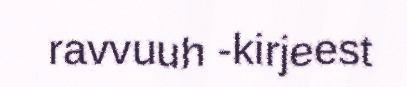
ravvuuh -kirjeest